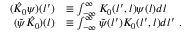
\begin{array} { r l } { ( \hat { K } _ { 0 } \psi ) ( l ^ { \prime } ) } & { \equiv \int _ { - \infty } ^ { \infty } K _ { 0 } ( l ^ { \prime } , l ) \psi ( l ) d l } \\ { ( \tilde { \psi } \hat { K } _ { 0 } ) ( l ) } & { \equiv \int _ { - \infty } ^ { \infty } \tilde { \psi } ( l ^ { \prime } ) K _ { 0 } ( l ^ { \prime } , l ) d l ^ { \prime } \ . } \end{array}